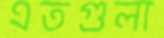
এতগুলা